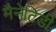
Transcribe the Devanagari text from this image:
मैनेटिडी